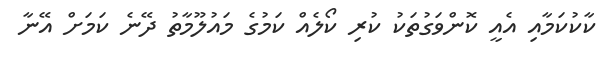
ކާކުކަމާއި އެއީ ކޮންވަގުތަކު ކުރި ކޯލެއް ކަމުގެ މައުލޫމާތު ދޭނެ ކަމަށް އޭނާ